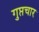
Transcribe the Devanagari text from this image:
गुप्तचार